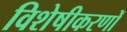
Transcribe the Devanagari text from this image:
विशेषीकरणों